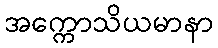
အက္ကောသိယမာနာ